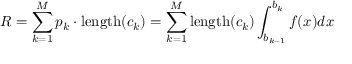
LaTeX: R = \sum _ { k = 1 } ^ { M } p _ { k } \cdot \mathrm { l e n g t h } ( c _ { k } ) = \sum _ { k = 1 } ^ { M } \mathrm { l e n g t h } ( c _ { k } ) \int _ { b _ { k - 1 } } ^ { b _ { k } } f ( x ) d x